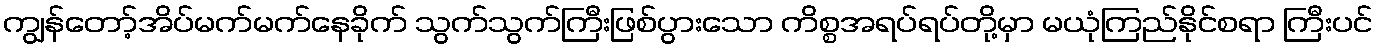
ကျွန်တော့်အိပ်မက်မက်နေခိုက် သွက်သွက်ကြီးဖြစ်ပွားသော ကိစ္စအရပ်ရပ်တို့မှာ မယုံကြည်နိုင်စရာ ကြီးပင်